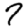
Digit: 7